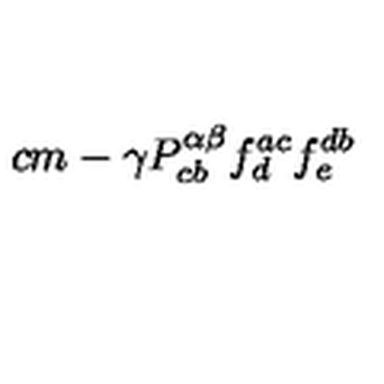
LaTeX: \hspace { 8 c m } - \gamma P _ { c b } ^ { \alpha \beta } f _ { d } ^ { a c } f _ { e } ^ { d b }